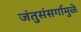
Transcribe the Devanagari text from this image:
जंतुसंसर्गामुळे